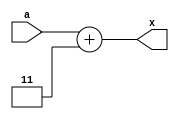
//gate level description of bcd to excess-3 convertor
module bcd_to_excess_3_behaviour(x, a);
    output reg [3:0] x;
    input [3:0] a;
    
    always @ (a)
    begin 
        x = a + 4'b0011;
    end

endmodule

module bcd_to_excess_3_behaviour_tb;
    reg [3:0] in;
    wire [3:0] f;
    //Instantiate UUT
    bcd_to_excess_3_behaviour UUT(f, in);

    //stimulus block
    initial
        begin
            in = 4'b0000;
            repeat(9) #10 in = in + 1'b1;
        end
    initial $monitor("input = %b, output = %b", in, f);
endmodule